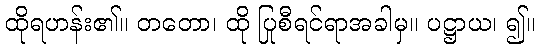
ထိုရဟန်း၏။ တတော၊ ထို ပြုစီရင်ရာအခါမှ။ ပဋ္ဌာယ၊ ၍။